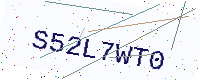
Text: S52L7WT0